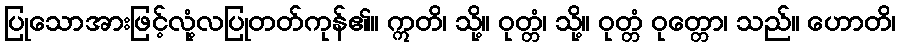
ပြုသောအားဖြင့်လုံ့လပြုတတ်ကုန်၏။ ဣတိ၊ သို့။ ဝုတ္တံ၊ သို့။ ဝုတ္တံ ဝုတ္တော၊ သည်။ ဟောတိ၊